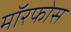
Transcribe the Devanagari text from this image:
मॉरफोस